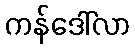
ကန်ဒေါ်လာ